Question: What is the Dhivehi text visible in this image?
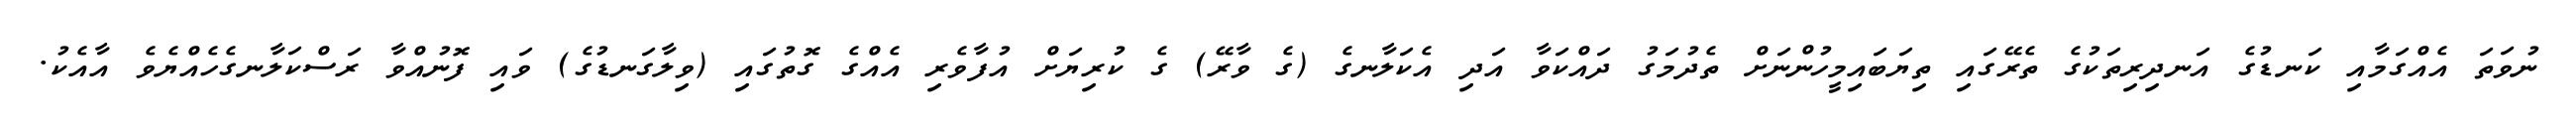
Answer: ނުވަތަ އެއްގަމާއި ކަނޑުގެ އަނދިރިތަކުގެ ތެރޭގައި ތިޔަބައިމީހުންނަށް ތެދުމަގު ދައްކަވާ އަދި އެކަލާނގެ (ގެ ވާރޭ) ގެ ކުރިޔަށް އުފާވެރި އެއްގެ ގޮތުގައި (ވިލާގަނޑުގެ) ވައި ފޮނުއްވާ ރަސްކަލާނގެހެއްޔެވެ އާއެކު.